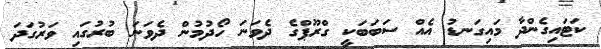
ކަޓައިގެންދާ މައިގަނޑު އެއް ސަބަބަކީ ގްރޫޕްގެ ދެވަނަ ހޯދުމުން ދެވަނަ ބުރުގައި ވަރުގަދަ